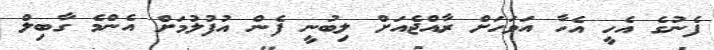
ފެނުގެ އެހީ އެހާ އަވަހަށް ރާއްޖެއަށް ލިބުނީ ފެން އުފުލުމަށް އެންމެ ގާބިލް